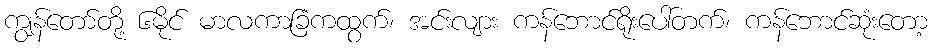
ကျွန်တော်တို့ ၆မိုင် မာလကာခြံကထွက်၊ အင်းလျား ကန်ဘောင်ရိုးပေါ်တက်၊ ကန်ဘောင်ဆုံးတော့